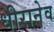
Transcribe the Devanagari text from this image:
धीरानेव